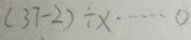
( 3 7 - 2 ) \div x \cdots 0